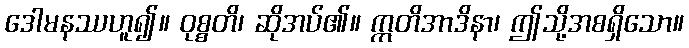
ဒေါမနဿဟူ၍။ ဝုစ္စတိ၊ ဆိုအပ်၏။ ဣတိအာဒိနာ၊ ဤသို့အစရှိသော။